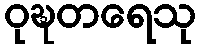
ဝုဍ္ဎတရေသု